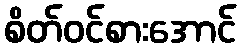
စိတ်ဝင်စားအောင်